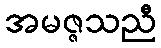
အမဇ္ဇသညီ